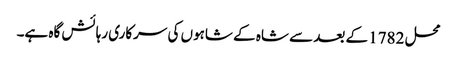
محل 1782 کے بعد سے شاہ کے شاہوں کی سرکاری رہائش گاہ ہے۔